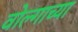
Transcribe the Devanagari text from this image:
वोल्गाच्या